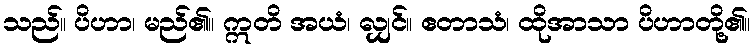
သည်။ ပိဟာ၊ မည်၏။ ဣတိ အယံ၊ လျှင်။ ဧတာသံ၊ ထိုအာသာ ပိဟာတို့၏။